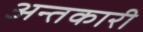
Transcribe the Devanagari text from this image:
अन्तकारी